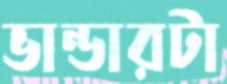
ভান্ডারটা